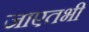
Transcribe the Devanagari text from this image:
जाएतभी